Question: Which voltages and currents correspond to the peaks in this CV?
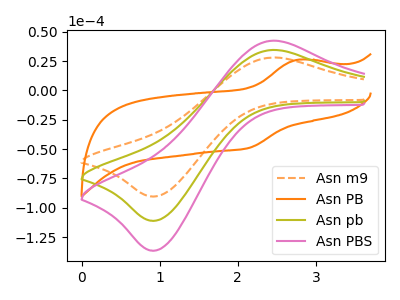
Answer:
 <answer>The orange dashed curve "Asn m9" has an anodic peak at (2.45V, 28.00uA) and a cathodic peak at (0.95V, -90.30uA). The orange curve "Asn PB" has an anodic peak at (2.80V, 26.10uA) and a cathodic peak at (2.15V, -48.95uA). The olive curve "Asn pb" has an anodic peak at (2.45V, 34.45uA) and a cathodic peak at (0.95V, -110.95uA). The pink curve "Asn PBS" has an anodic peak at (2.45V, 68.90uA) and a cathodic peak at (0.95V, -221.95uA).</answer>
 <eval></eval>